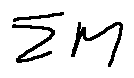
\sum M